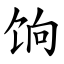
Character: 饷